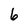
Character: 6